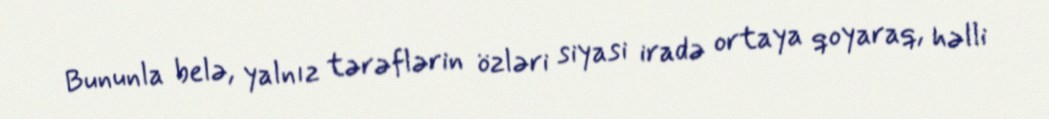
Bununla belə, yalnız tərəflərin özləri siyasi iradə ortaya qoyaraq, həlli